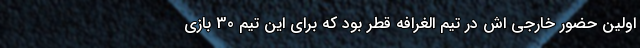
اولین حضور خارجی اش در تیم الغرافه قطر بود که برای این تیم 30 بازی